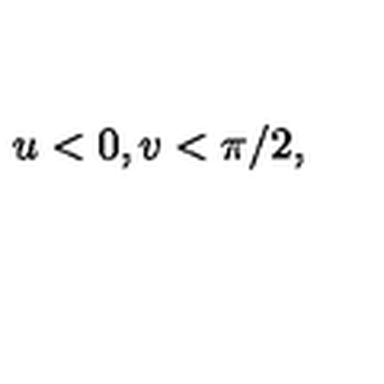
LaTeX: u < 0 , v < \pi / 2 ,